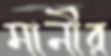
মানীর